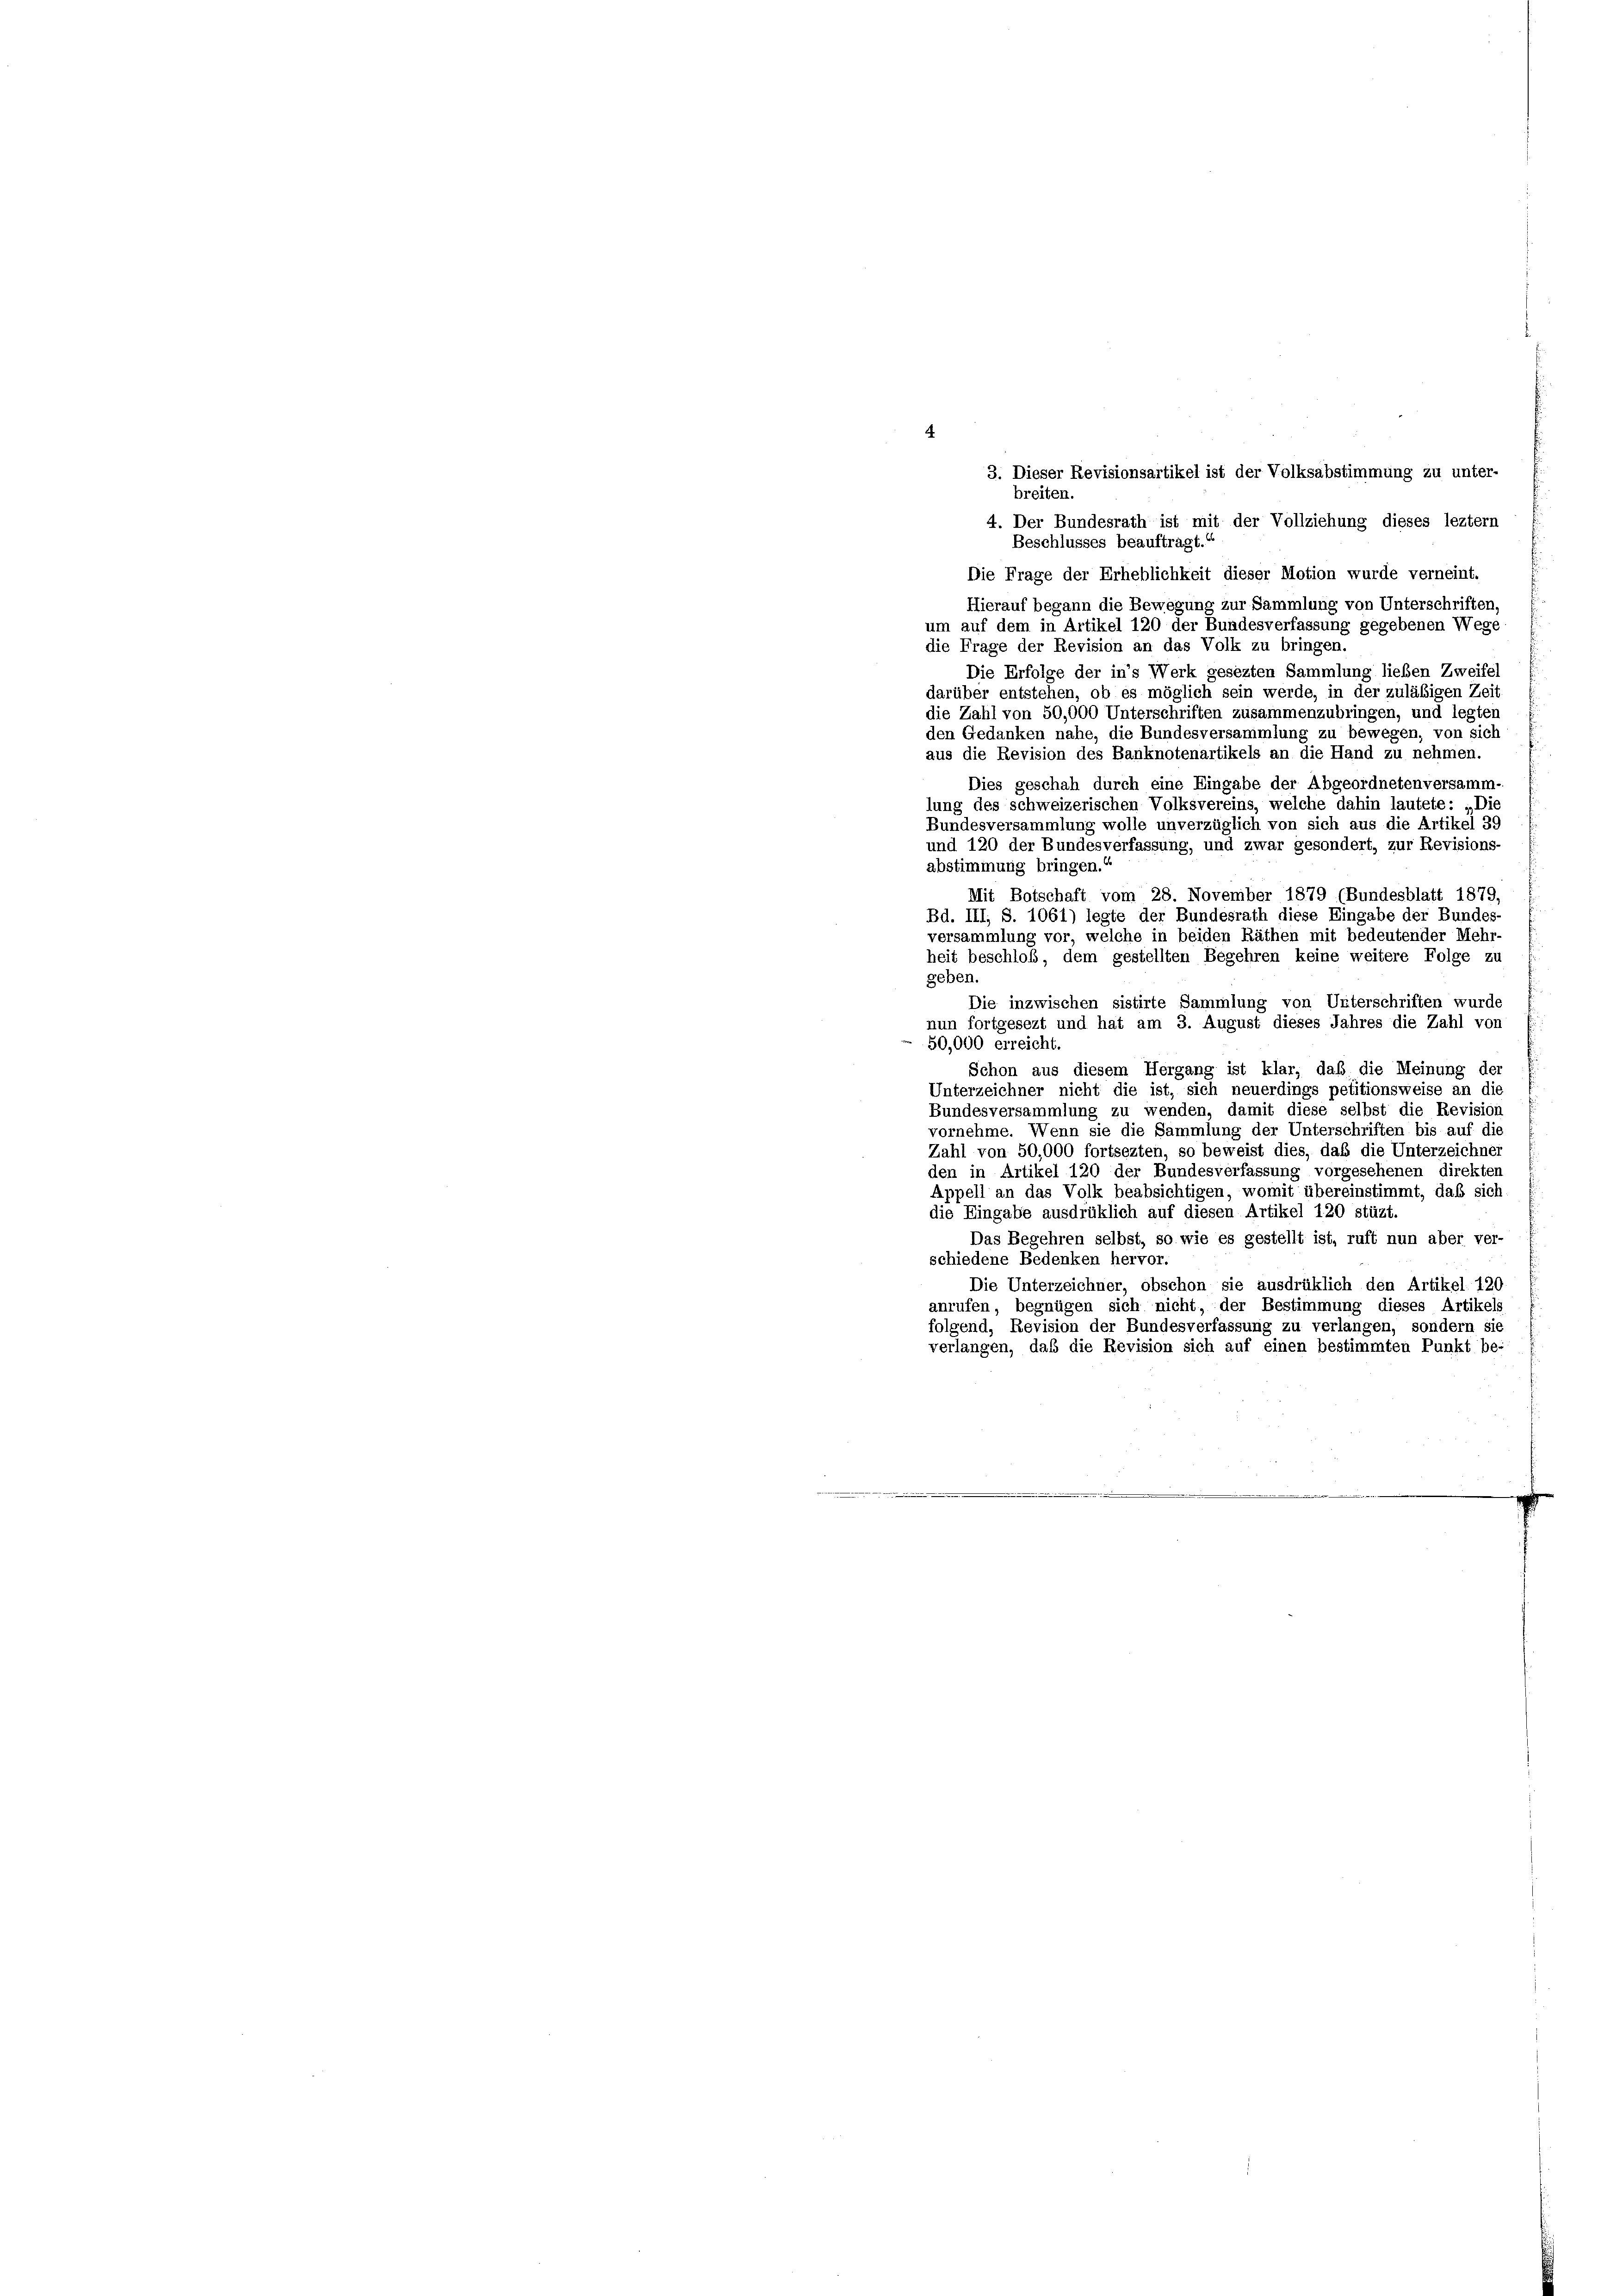
3. Dieser Revisionsartikel ist der Volksabstimmung zu unter-
breiten.
4. Der Bundesrath ist mit der Vollziehung dieses lezter
Beschlusses beauftragt.“
Die Frage der Erheblichkeit dieser Motion wurde verneint.
Hierauf begann die Bewegung zur Sammlung von Unterschriften,
um auf dem in Artikel 120 der Bundesverfassung gegebenen Wege
die Frage der Revision an das Volk zu bringen.
Die Erfolge der in’s Werk gesezten Sammlung lieben Zweifel
darüber entstehen, ob es möglich sein werde, in der zuläßigen Zeit
die Zahl von 50,000 Unterschriften zusammenzubringen, und legten
den Gedanken nahe, die Bundesversammlung zu bewegen, von sich
aus die Revision des Banknotenartikels an die Hand zu nehmen.
Dies geschah durch eine Eingabe der Abgeordnetenversamm-
lung des schweizerischen Volksvereins, welche dahin lautete: „Die
Bundesversammlung wolle unverzüglich von sich aus die Artikel 39
und 120 der Bundesverfassung, und zwar gesondert, zur Revisions-
abstimmung bringen.“
Mit Botschaft vom 28. November 1879 (Bundesblatt 1879,
Bd. III, S. 1061) legte der Bundesrath diese Eingabe der Bundes-
versammlung vor, welche in beiden Räthen mit bedeutender Mehr-
heit beschloß, dem gestellten Begehren keine weitere Folge zu
geben.
Die inzwischen sistirte Sammlung von Unterschriften wurde
nun fortgesezt und hat am 3. August dieses Jahres die Zahl von
50,000 erreicht.
Schon aus diesem Hergang ist klar, daß die Meinung der
Unterzeichner nicht die ist, sich neuerdings petitionsweise an die
Bundesversammlung zu wenden, damit diese selbst die Revision
vornehme. Wenn sie die Sammlung der Unterschriften bis auf die
Zahl von 50,000 fortsezten, so beweist dies, daß die Unterzeichner
den in Artikel 120 der Bundesverfassung vorgesehenen direkter
Appell an das Volk beabsichtigen, womit übereinstimmt, daß sich
die Eingabe ausdrüklich auf diesen Artikel 120 stüzt.
Das Begehren selbst, so wie es gestellt ist, ruft nun aber ver-
schiedene Bedenken hervor.
Die Unterzeichner, obschon sie ausdrüklich den Artikel 120
anrufen, begnügen sich nicht, der Bestimmung dieses Artikels
folgend, Revision der Bundesverfassung zu verlangen, sondern sie
verlangen, daß die Revision sich auf einen bestimmten Punkt be-